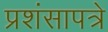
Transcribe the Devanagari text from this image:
प्रशंसापत्रे